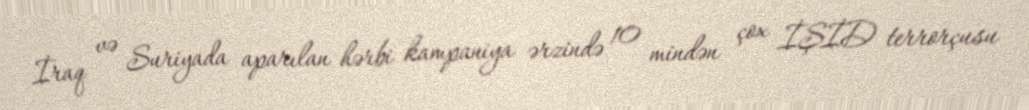
İraq və Suriyada aparılan hərbi kampaniya ərzində 10 mindən çox İŞİD terrorçusu